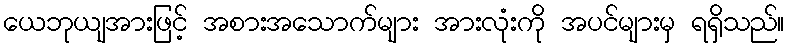
ယေဘုယျအားဖြင့် အစားအသောက်များ အားလုံးကို အပင်များမှ ရရှိသည်။